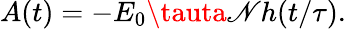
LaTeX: A(t)=-E_{0}\tauta\mathscr{N}h(t/\tau).